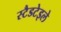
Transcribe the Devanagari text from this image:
स्टैडटेइले